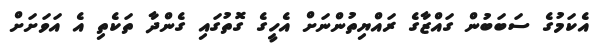
އެކަމުގެ ސަބަބުން ގައްޒާގެ ރައްޔިތުންނަށް އެހީގެ ގޮތުގައި ގެންދާ ތަކެތި އެ އަވަށަށް